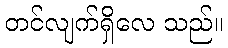
တင်လျက်ရှိလေ သည်။